Civil Veterinary Dept. Bombay admin report 1893-99 - 1893-1899
Year: 1893
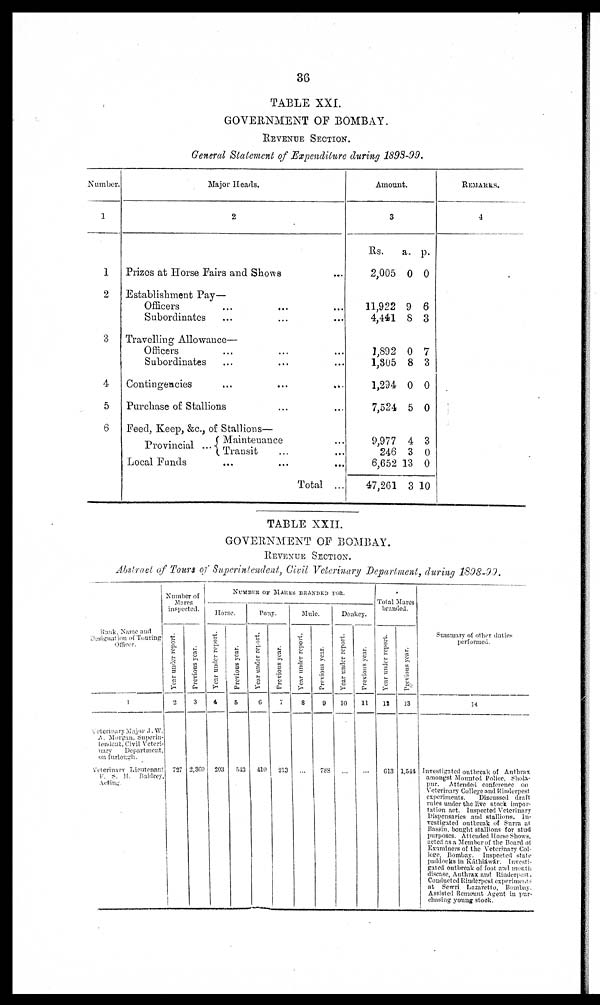
36
TABLE XXI.
GOVERNMENT OF BOMBAY.
REVENUE SECTION.
General Statement of Expenditure during 1898-99.
Number.
1
1
2
3
4
5
6
Major Heads.
2
Prizes at Horse Fairs and Shows ...
Establishment Pay
Officers
Subordinates
Travelling Allowance—
Officers ... ... ...
Subordinates ... ... ...
Contingencies ... ... ...
Purchase of Stallions
Feed, Keep, &c., of Stallions—
Provincial ...
Maintenance ...
Transit ... ...
Local Funds ... ... ...
Total ...
Amount.
3
Rs.
2,005
11,922
4,441
1,892
1,305
1,294
7,524
9,977
246
6,652
47,261
a.
0
9
8
0
8
0
5
4
3
13
3
p.
0
6
3
7
3
0
0
3
0
0
10
REMARKS.
4
TABLE XXII.
GOVERNMENT OF BOMBAY.
REVENUE SECTION.
Abstract of Tours of Superintendent, Civil Veterinary Department, during 1898-99.
Rank, Name and
Designation of Touring
Officer.
1
Veterinary Major J. W.
A. Morgan, Superin-
tendent; Civil Veteri-
nary
Department,
on burlough.
Veterinary Lieutenant
F. S. H. Baldrey,
Acting.
Number of
Mares
inspected.
Year under report.
2
727
Previous year.
3
2,360
NUMBER OF MARES BRANDED FOR.
Horse.
Year under report.
4
203
Previous year.
5
543
Pony.
Year under report.
6
410
Previous year.
7
213
Mule.
Year under report.
8
...
Previous year.
9
788
Donkey.
Year under report.
10
...
Previous year.
11
...
Total Mares
branded.
Year under report.
12
613
Previous year.
13
1,511
Summary of other duties
performed.
14
Investigated outbreak of Anthrax
amongst Mounted Police, Shola-
pur.
Attended conferenee on
Veterinary College and Rinderpest
experiments.
Discussed draft
rules under the live stock impor-
tation act. Inspected Veterinary
Dispensaries and stallions. In-
vestigated outbreak of Surra at
Bassin, bought stallions for stud
purposes. At tended Horse Shows,
acted as a Member of the Board of
Examiners of the Veterinary Col-
lege, Bombay. Inspected state
paddocks in Káthiáwár. Investi-
gated outbreak of foot and mouth
disease, Anthrax and Rinderpest.
Conducted Rinderpest experiments
at Sewri Lazaretto, Bombay.
Assisted Remount Agent in pur-
chasing young stock.